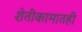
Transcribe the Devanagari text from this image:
शेतीकामातही